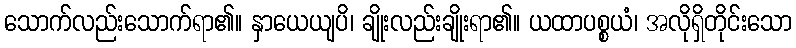
သောက်လည်းသောက်ရာ၏။ နှာယေယျပိ၊ ချိုးလည်းချိုးရာ၏။ ယထာပစ္စယံ၊ အလိုရှိတိုင်းသော